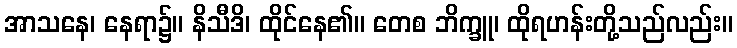
အာသနေ၊ နေရာ၌။ နိသီဒိ၊ ထိုင်နေ၏။ တေစ ဘိက္ခူ၊ ထိုရဟန်းတို့သည်လည်း။